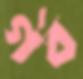
গর্ব